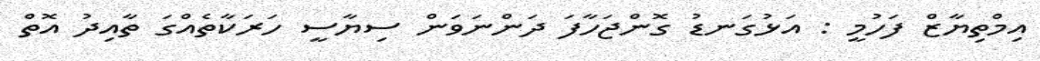
އިމްތިޔާޒް ފަހުމީ : އަޅުގަނޑު ގޮންޖަހާފަ ދަންނަވަން ސިޔާސީ ހަރަކާތެއްގަ ތާއިދު އޮތް